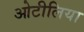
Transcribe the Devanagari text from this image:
ओटीलिया